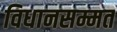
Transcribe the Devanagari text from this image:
विधानसम्मत